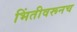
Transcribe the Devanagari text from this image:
भिंतीवरूनच